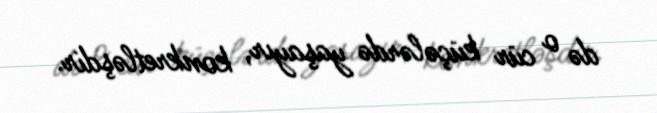
də o cür küçələrdə yaşayır, konkretləşdir.